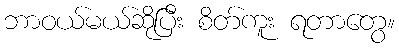
ဘာဝယ်မယ်ဆိုပြီး စိတ်ကူး ရတာတွေ။